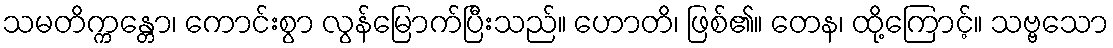
သမတိက္ကန္တော၊ ကောင်းစွာ လွန်မြောက်ပြီးသည်။ ဟောတိ၊ ဖြစ်၏။ တေန၊ ထို့ကြောင့်။ သဗ္ဗသော